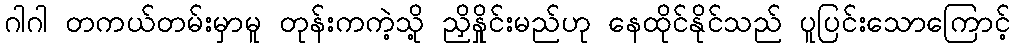
ဂါဂါ တကယ်တမ်းမှာမူ တုန်းကကဲ့သို့ ညှိနှိုင်းမည်ဟု နေထိုင်နိုင်သည် ပူပြင်းသောကြောင့်